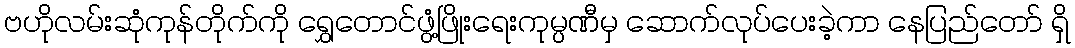
ဗဟိုလမ်းဆုံကုန်တိုက်ကို ရွှေတောင်ဖွံ့ဖြိုးရေးကုမ္ပဏီမှ ဆောက်လုပ်ပေးခဲ့ကာ နေပြည်တော် ရှိ